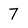
Character: 7